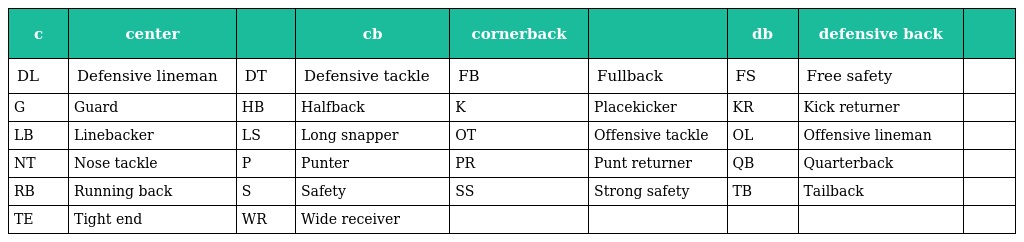
| c | center |  | cb | cornerback |  | db | defensive back |  |
 | --- | --- | --- | --- | --- | --- | --- | --- | --- |
 | DL | Defensive lineman | DT | Defensive tackle | FB | Fullback | FS | Free safety |  |
 | G | Guard | HB | Halfback | K | Placekicker | KR | Kick returner |  |
 | LB | Linebacker | LS | Long snapper | OT | Offensive tackle | OL | Offensive lineman |  |
 | NT | Nose tackle | P | Punter | PR | Punt returner | QB | Quarterback |  |
 | RB | Running back | S | Safety | SS | Strong safety | TB | Tailback |  |
 | TE | Tight end | WR | Wide receiver |  |  |  |  |  |